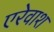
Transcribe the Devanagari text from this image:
एरेवाश